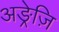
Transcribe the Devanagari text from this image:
अङ्रेज़ि